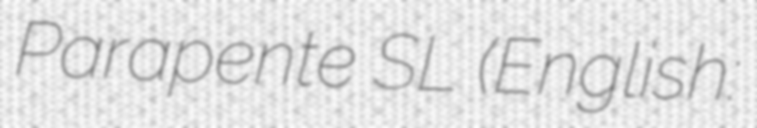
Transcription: Parapente SL (English: